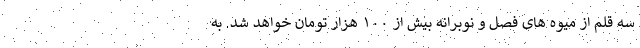
سه قلم از میوه های فصل و نوبرانه بیش از ۱۰۰ هزار تومان خواهد شد. به